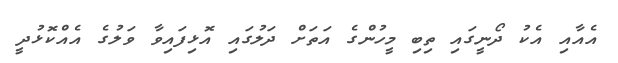
އެއާއި އެކު ދޯނީގައި ތިބި މީހުންގެ އަތަށް ދަލުގައި އޮޅިފައިވާ ވަލުގެ އެއްކޮޅުދީ